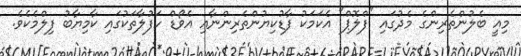
މިއީ ބެލުންތެރިންގެ މެދުގައި "ފްލޮޕް" އެކަމަކު ފާޑުކިޔުންތެރިންނާއި އެވޯޑް ހަފުލާތަކުގައި ކާމިޔާބު ފިލްމެކެވެ.